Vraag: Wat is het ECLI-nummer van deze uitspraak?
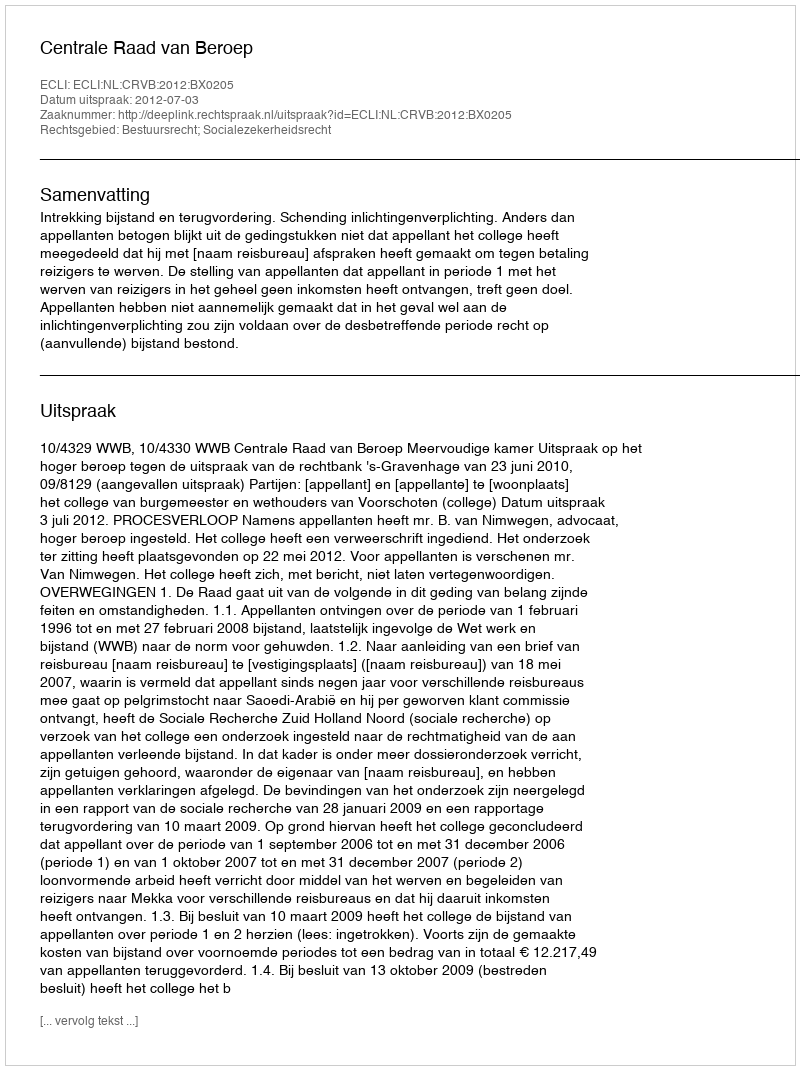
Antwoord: ECLI:NL:CRVB:2012:BX0205